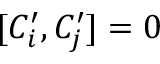
[ C _ { i } ^ { \prime } , C _ { j } ^ { \prime } ] = 0 \,